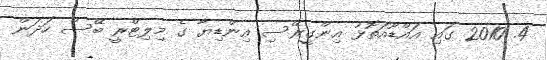
4. 2010 ގައި އައްޑޫއަތޮޅު އިންގީރޭސި އިންޑިޔާ ގެ މިލިޓްރީ ބޭސް ހަދަން